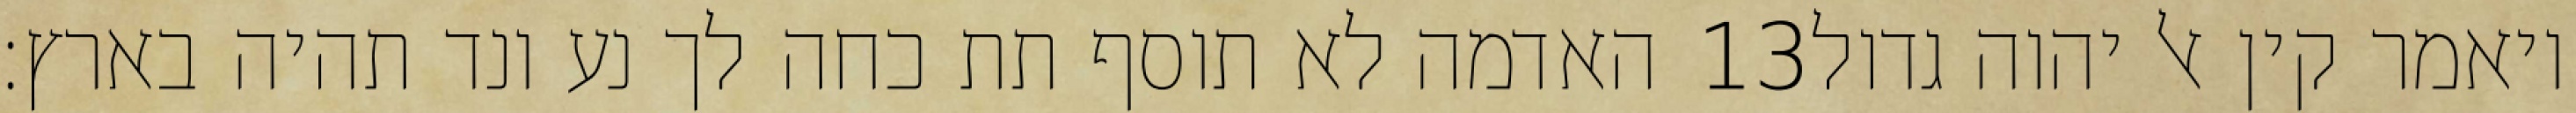
האדמה לא תוסף תת כחה לך נע ונד תהיה בארץ׃ ‎13‏ ויאמר קין אל יהוה גדול